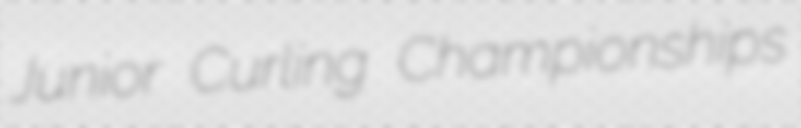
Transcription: Junior Curling Championships